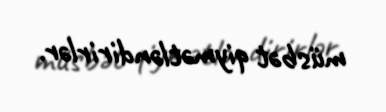
müsbət qiymətləndirirlər.